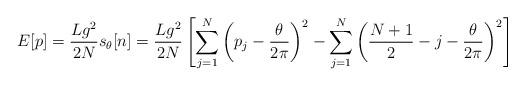
LaTeX: \begin{align*}E[p] = \frac{Lg^2}{2N} s_\theta[n] = \frac{Lg^2}{2N} \left[ \sum_{j=1}^N \left( p_j - \frac{\theta}{2 \pi} \right) ^2 - \sum_{j=1}^N \left( \frac{N+1}{2} - j - \frac{\theta}{2 \pi} \right) ^2 \right]\end{align*}